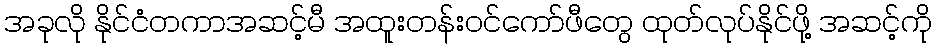
အခုလို နိုင်ငံတကာအဆင့်မီ အထူးတန်းဝင်ကော်ဖီတွေ ထုတ်လုပ်နိုင်ဖို့ အဆင့်ကို